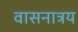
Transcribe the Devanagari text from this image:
वासनात्रय